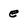
Character: e